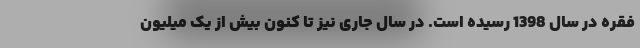
فقره در سال 1398 رسیده است. در سال جاری نیز تا کنون بیش از یک میلیون